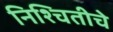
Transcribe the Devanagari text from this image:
निश्चितीचे